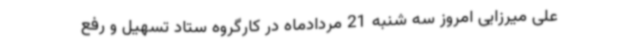
علی میرزایی امروز سه شنبه 21 مردادماه در کارگروه ستاد تسهیل و رفع